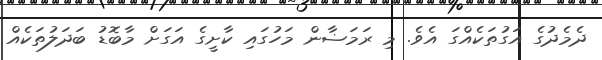
ދެމެދުގެ އަގުތަކެއްގަ އެވެ. މި ރަމަޟާން މަހުގައި ކާށީގެ އަގަށް މާބޮޑު ބަދަލުތަކެއް